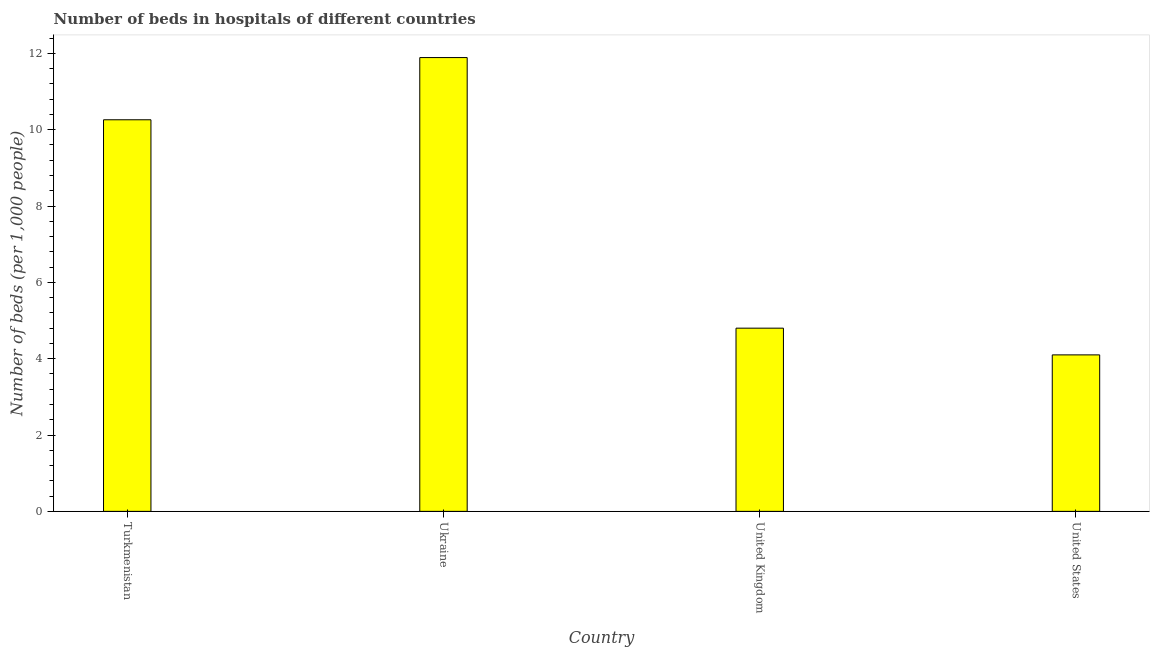
| Country | Hospital beds |
 | --- | --- |
 | Turkmenistan | 10.3 |
 | Ukraine | 11.9 |
 | United Kingdom | 4.8 |
 | United States | 4.1 |